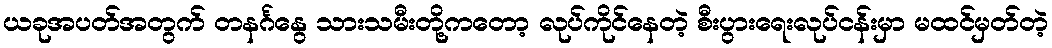
ယခုအပတ်အတွက် တနင်္ဂနွေ သားသမီးတို့ကတော့ လုပ်ကိုင်နေတဲ့ စီးပွားရေးလုပ်ငန်းမှာ မထင်မှတ်တဲ့